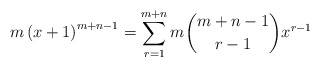
\begin{align*} m \left( x+1 \right)^{m+n-1} = \sum_{r=1}^{m+n}{m{m+n-1 \choose r-1}}x^{r-1} \end{align*}